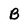
Character: B